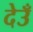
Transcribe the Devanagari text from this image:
देउँ